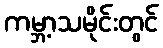
ကမ္ဘာ့သမိုင်းတွင်